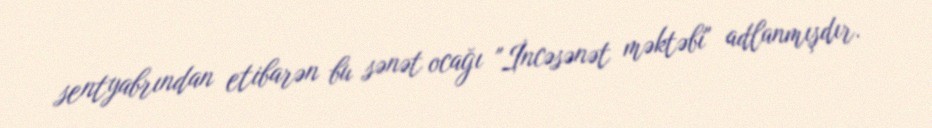
sentyabrından etibarən bu sənət ocağı "İncəsənət məktəbi" adlanmışdır.